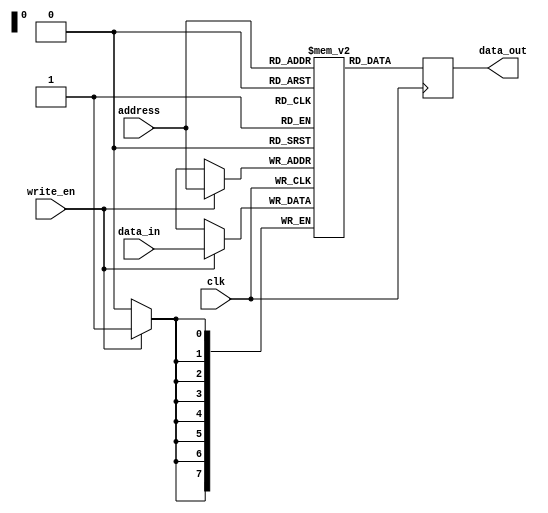
module RAM(
    input wire clk,
    input wire write_en,
    input wire [7:0] data_in,
    input wire [7:0] address,
    output reg [7:0] data_out
);

reg [7:0] memory [0:255];

always @(posedge clk) begin
    if(write_en) begin
        memory[address] <= data_in;
    end
    data_out <= memory[address];
end

endmodule